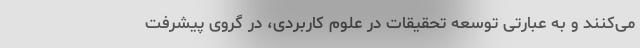
می‌کنند و به عبارتی توسعه تحقیقات در علوم کاربردی، در گروی پیشرفت